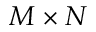
M \times N